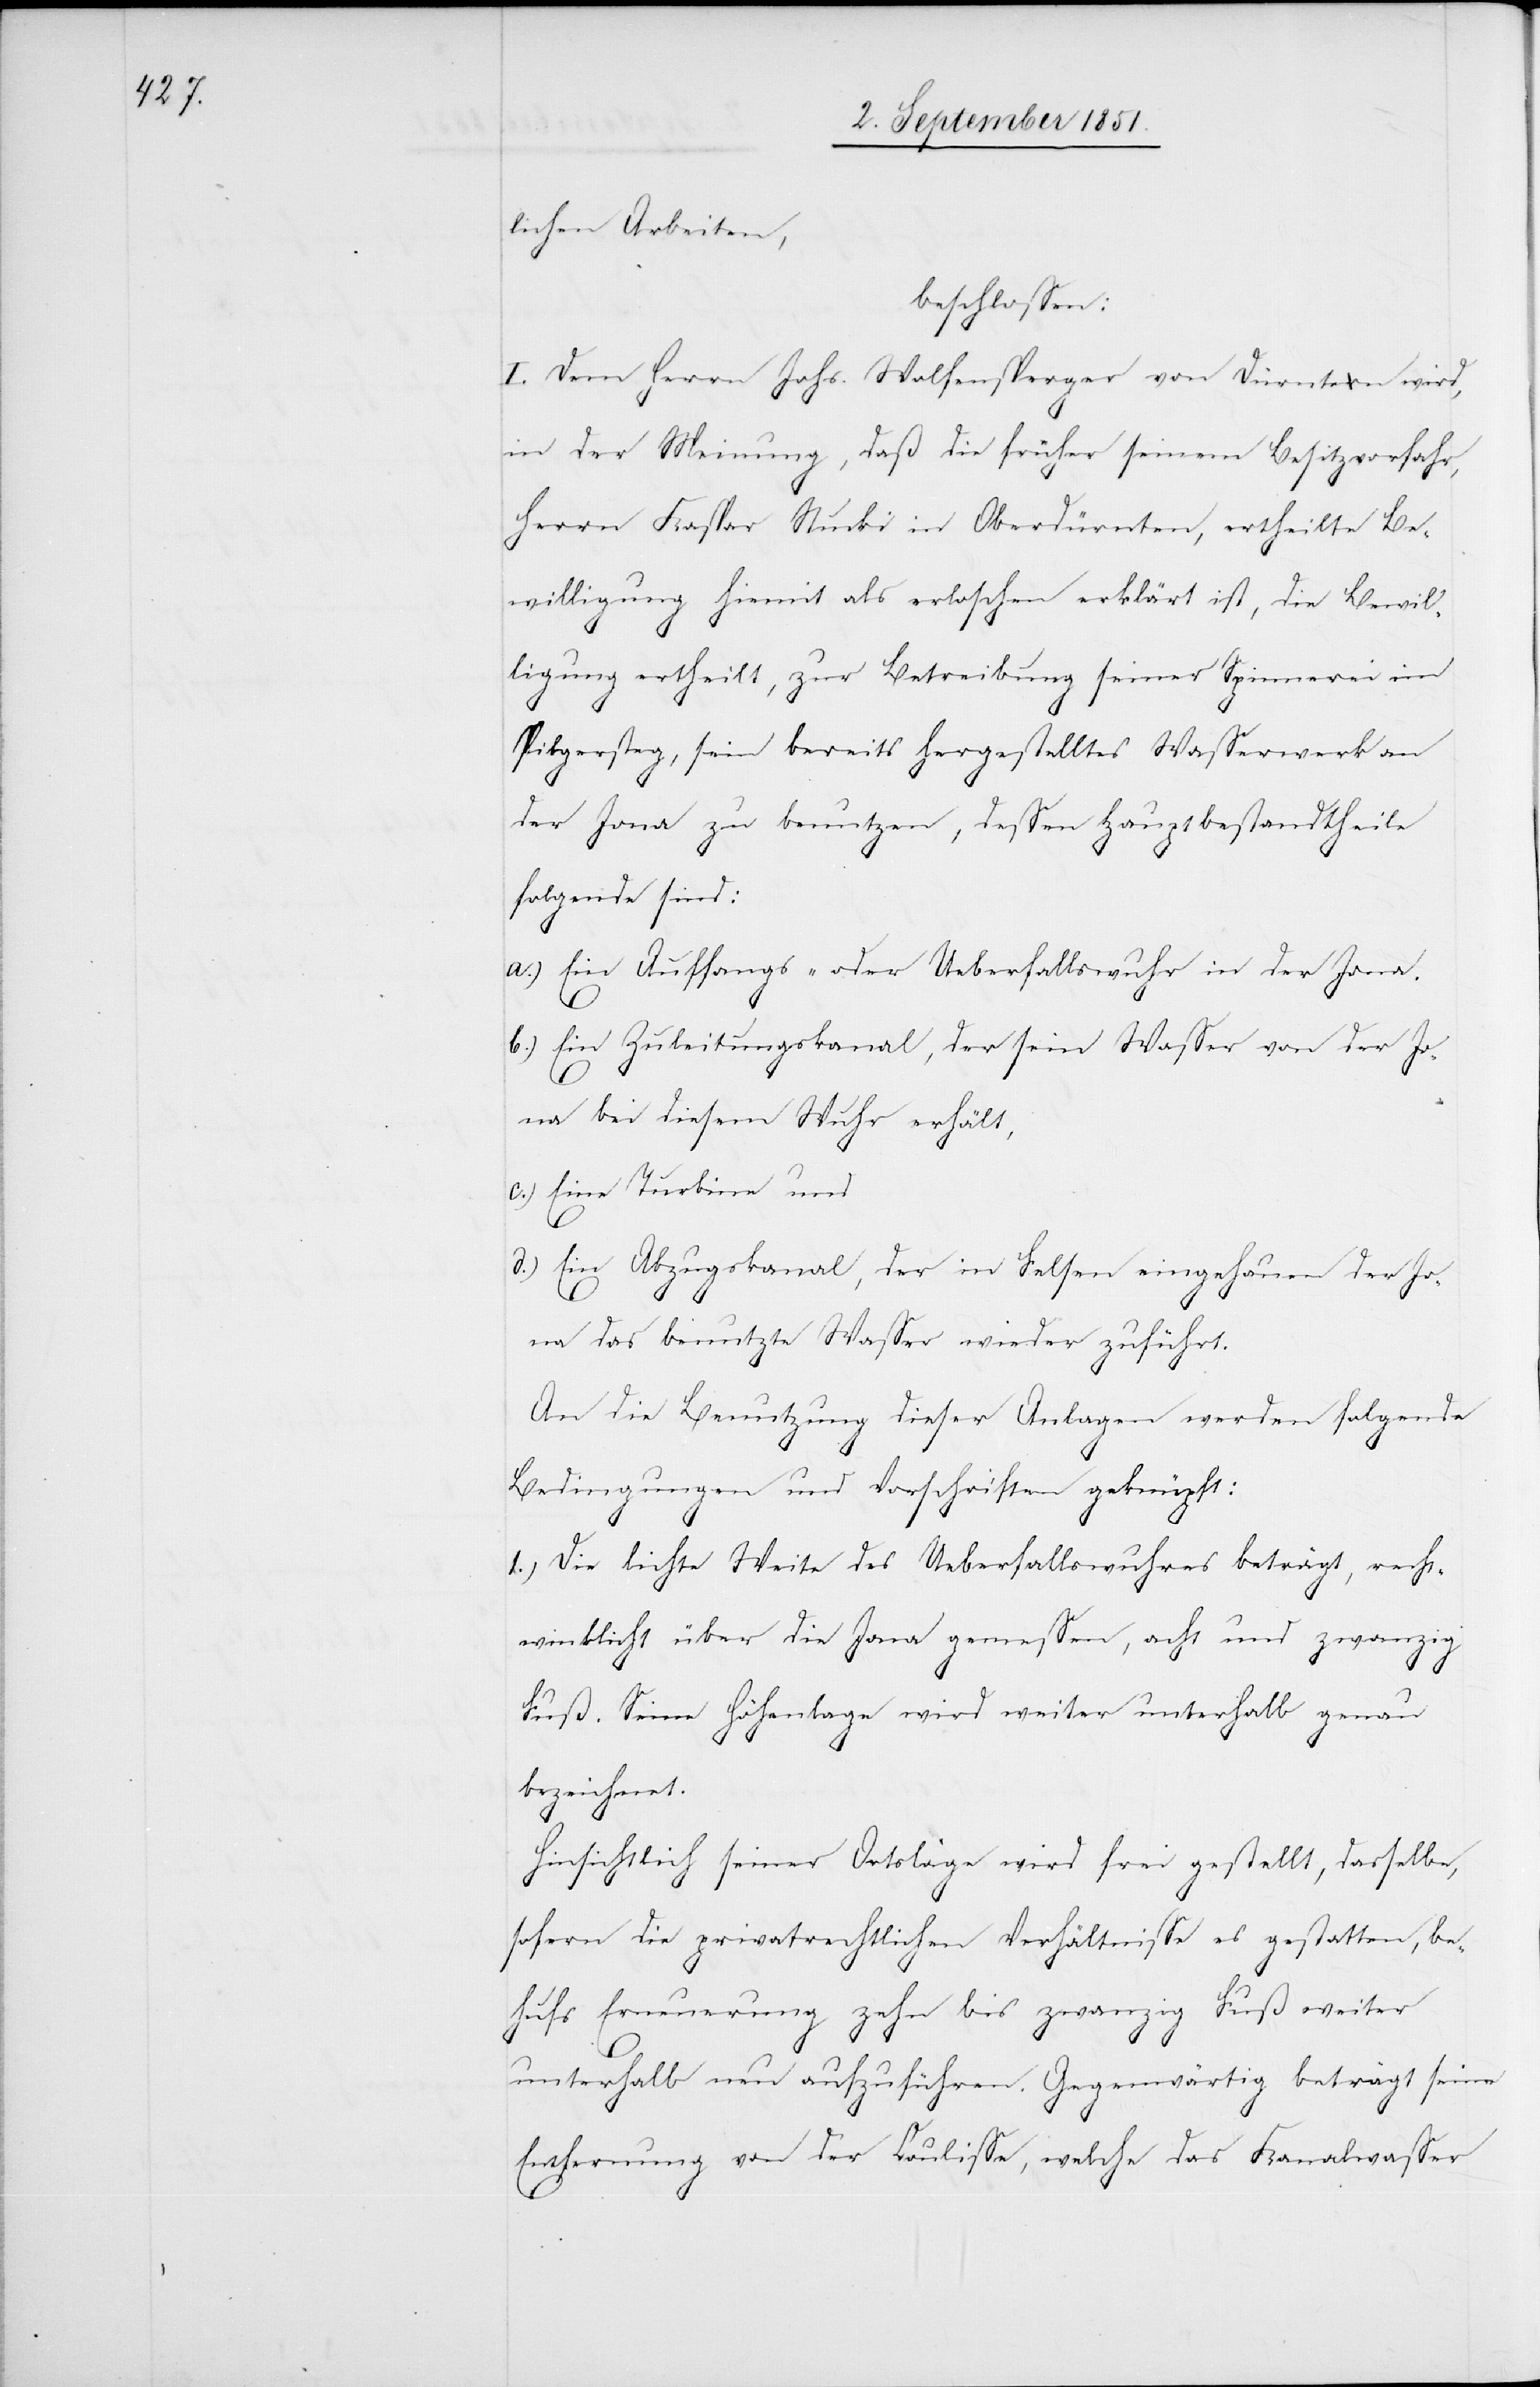
lichen Arbeiten,
beschlossen:
I. Dem Herrn Johs. Wolfensperger von Dürnten wird,
in der Meinung, daß die früher seinem Besitzvorfahr,
Herrn Kaspar Stucki in Oberdürnten, ertheilte Be¬
willigung hiemit als erloschen erklärt ist, die Bewil¬
ligung ertheilt, zur Betreibung seiner Spinnerei im
Pilgersteg, sein bereits hergestelltes Wasserwerk an
der Jona zu benutzen, dessen Hauptbestandtheile
folgende sind:
Ein Auffangs- oder Ueberfallswuhr in der Jona.
b.)
Ein Zuleitungskanal, der sein Wasser von der Jo¬
na bei diesem Wuhr erhält,
Eine Turbine und
Ein Abzugskanal, der in Felsen eingehauen der Jo¬
1.)
na das benutzte Wasser wieder zuführt.
An die Benutzung dieser Anlagen werden folgende
Bedingungen und Vorschriften geknüpft:
Die lichte Weite des Ueberfallswuhres beträgt, rech¬
twinklicht über die Jona gemessen, acht und zwanzig
Fuß. Seine Höhenlage wird weiter unterhalb genau
bezeichnet.
Hinsichtlich seiner Ortslage wird frei gestellt, dasselbe,
sofern die privatrechtlichen Verhältnisse es gestatten, be¬
hufs Erneuerung zehn bis zwanzig Fuß weiter
unterhalb neu aufzuführen. Gegenwärtig beträgt seine
Entfernung von der Coulisse, welche das Kanalwasser